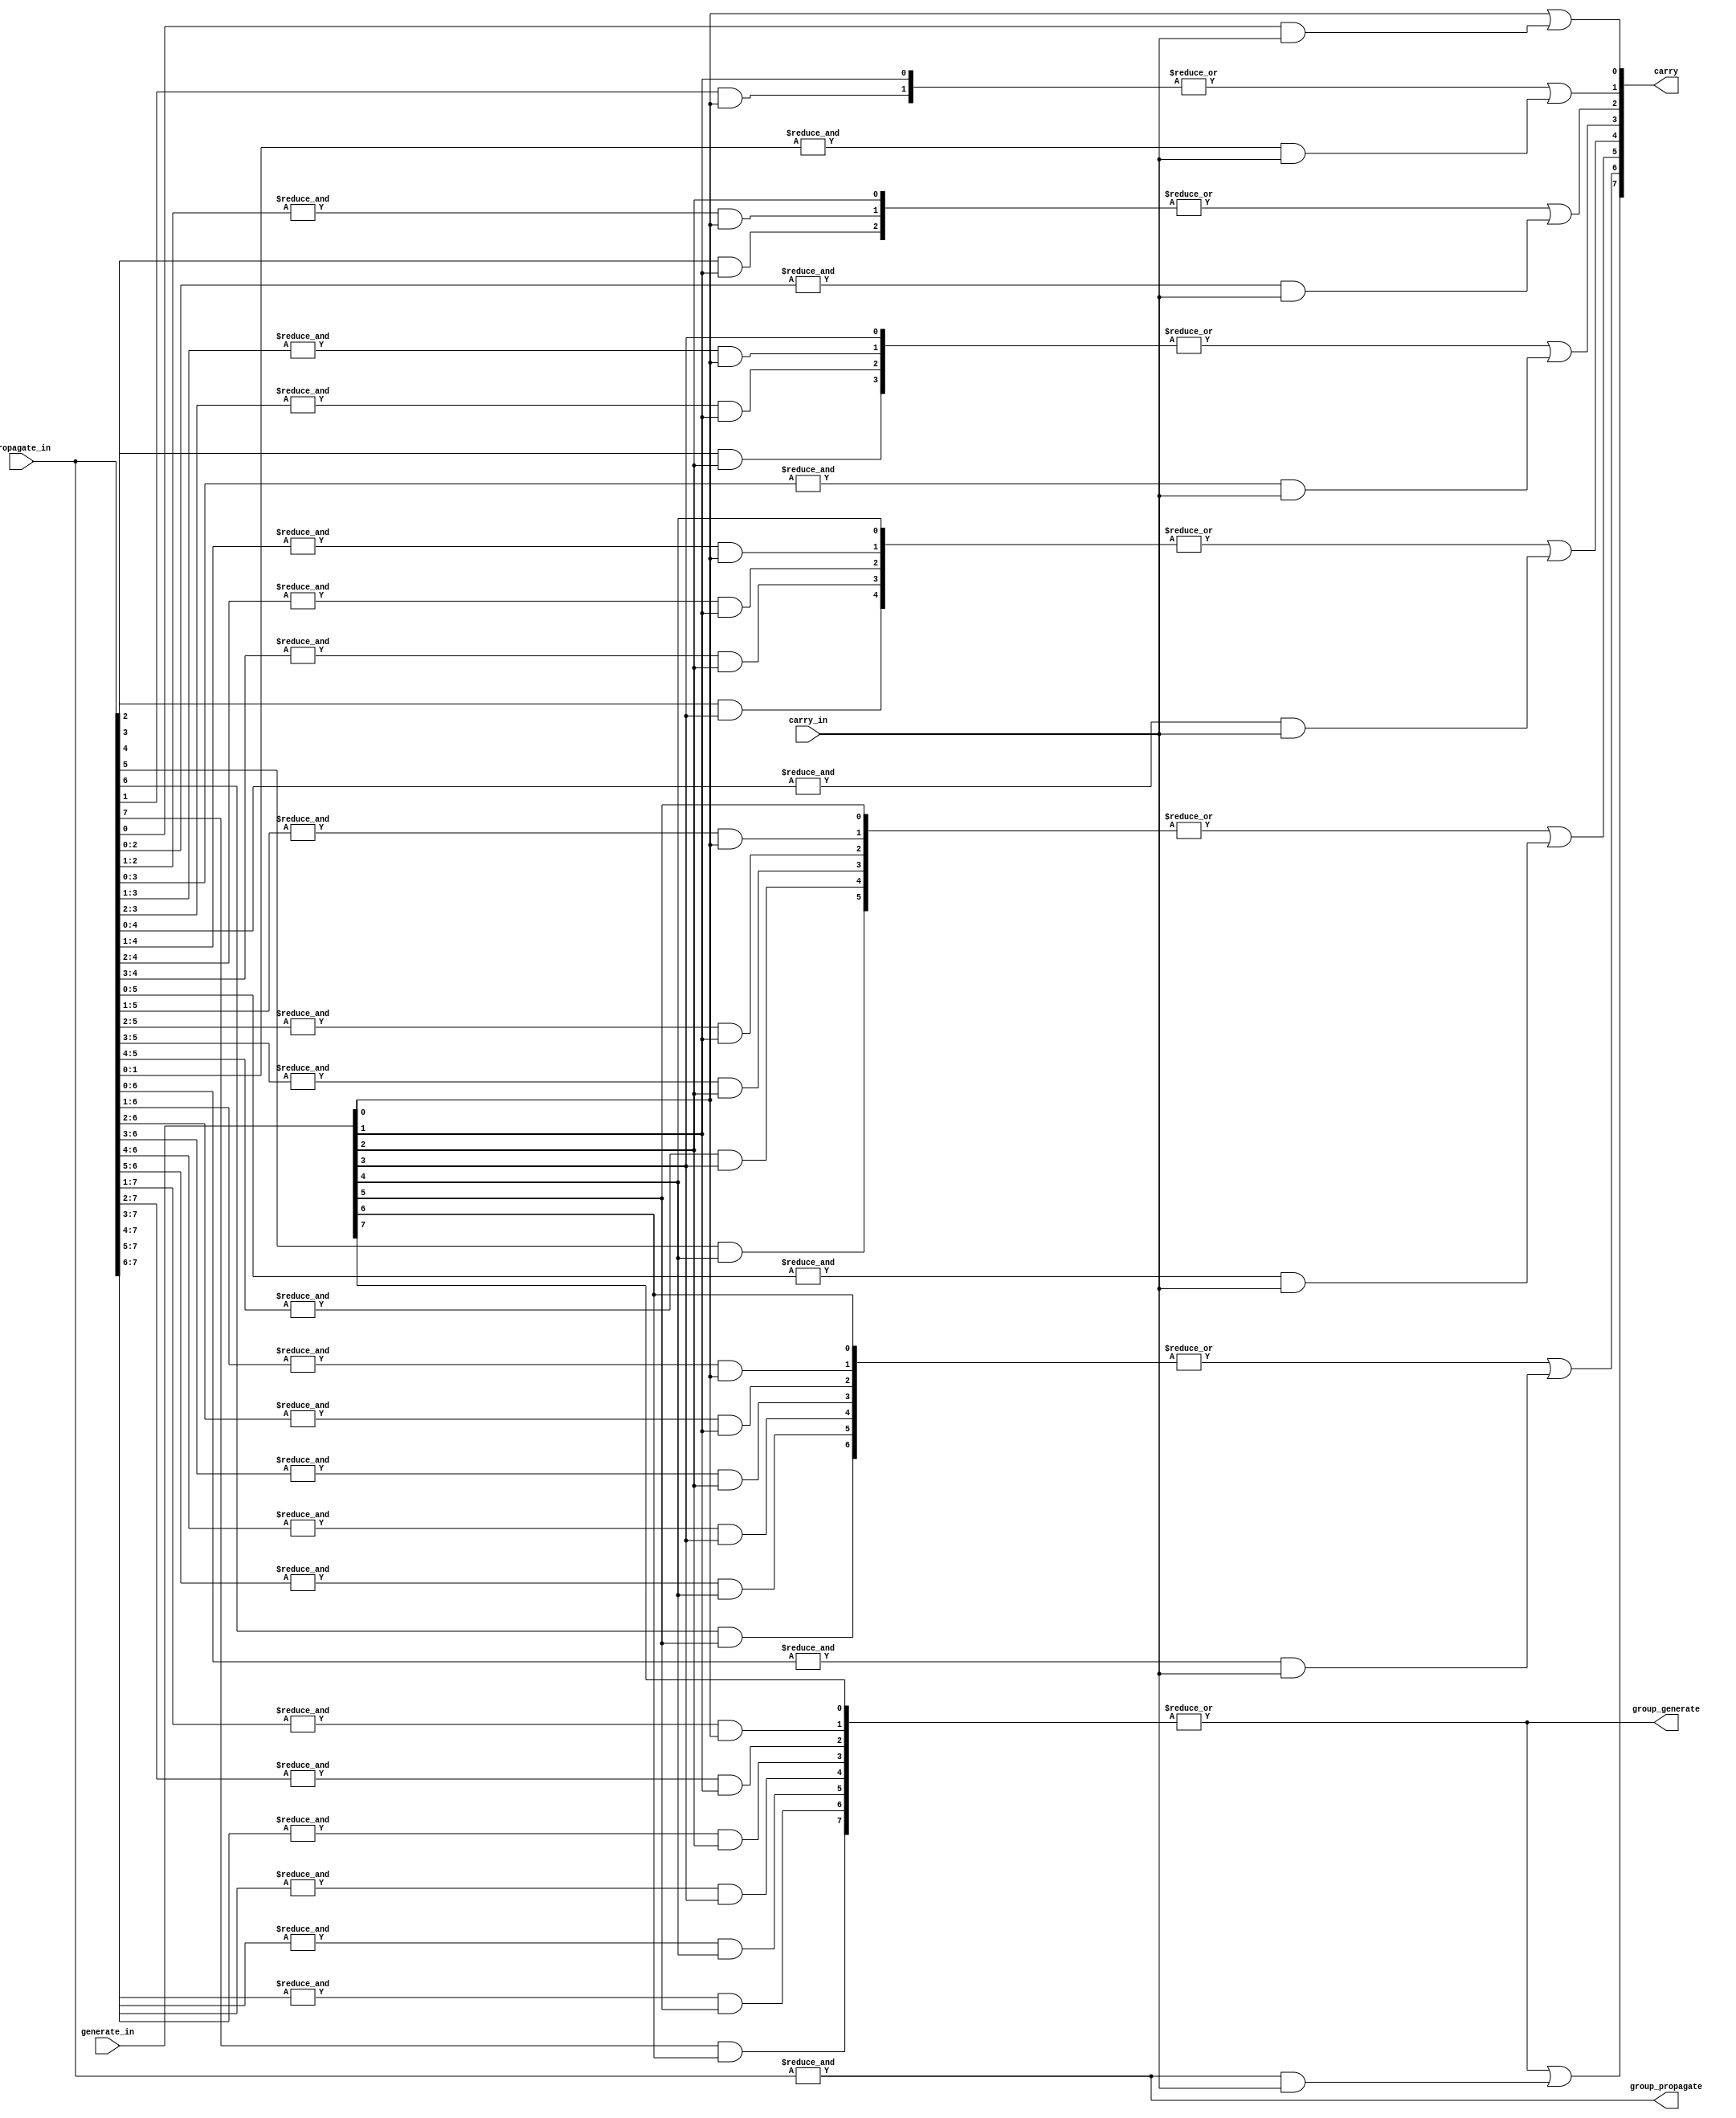
// This program was cloned from: https://github.com/RomeoMe5/DDLM
// License: MIT License

module carry_lookahead_generator
# (
    parameter WIDTH = 8
)
(
    input                  carry_in,
    input  [WIDTH - 1 : 0] generate_in, propagate_in,
    output [WIDTH     : 1] carry,
    output                 group_generate, group_propagate
);
    
    //Temporary wires for the carry calculation
    wire [((WIDTH + 1) * WIDTH) / 2 - 1 : 0] p_temp, g_temp;
    wire [WIDTH - 1 : 0] c_temp, pg_temp;
    
    generate
        
        genvar i, j;
        
        for (i = 0; i <= WIDTH - 1; i = i + 1)
        begin : stage
            //Calculate carry            
            for (j = 0; j <= i; j = j + 1)
            begin : block 
                assign p_temp[((i + 1) * i) / 2 + j] = & propagate_in[i : j];
                case(j)
                	0       : assign g_temp[((i + 1) * i) / 2 + j] = generate_in[i];
                	default : assign g_temp[((i + 1) * i) / 2 + j] = p_temp[((i + 1) * i) / 2 + j] & generate_in[j - 1];
                endcase
                end
                
            assign c_temp [i] = p_temp[((i + 1) * i) / 2] & carry_in;
            assign pg_temp[i] = | g_temp[(( i + 2) * (i + 1)) / 2 - 1 : ((i + 1) * i) / 2]; 
            
            assign carry [i + 1] = pg_temp[i] | c_temp[i];

        end
    endgenerate
    
    assign group_propagate = p_temp [(WIDTH * (WIDTH - 1)) / 2];
    assign group_generate  = pg_temp[WIDTH - 1];
    
endmodule